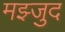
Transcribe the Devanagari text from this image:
मझ्जुद